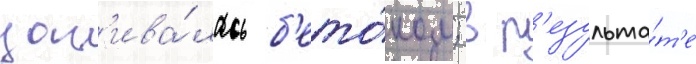
зал'ива́лась б'ето́ном; в р'езульта́т'е